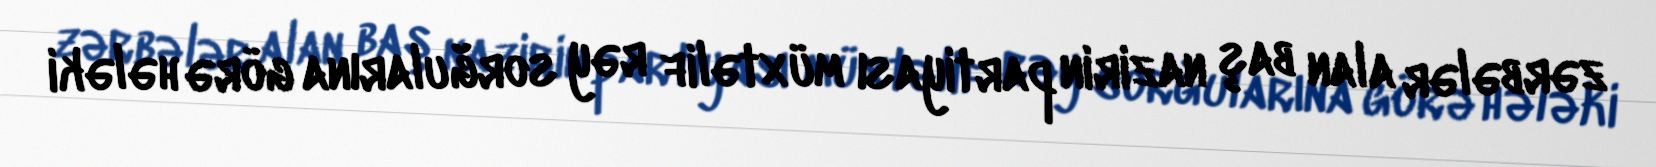
zərbələr alan baş nazirin partiyası müxtəlif rəy sorğularına görə hələki